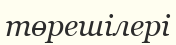
төрешілері